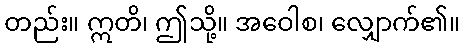
တည်း။ ဣတိ၊ ဤသို့။ အဝေါစ၊ လျှောက်၏။